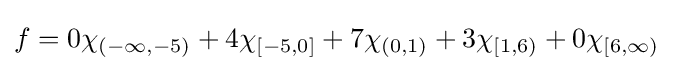
f=0\chi _{(-\infty ,-5)}+4\chi _{[-5,0]}+7\chi _{(0,1)}+3\chi _{[1,6)}+0\chi _{[6,\infty )}